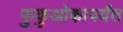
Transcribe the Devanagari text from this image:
फुकुओकापर्यंत